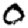
Digit: 0